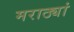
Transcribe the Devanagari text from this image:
मराठ्यां